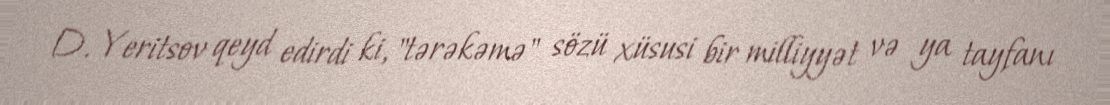
D. Yeritsov qeyd edirdi ki, "tərəkəmə" sözü xüsusi bir milliyyət və ya tayfanı